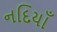
નદિયાઁ